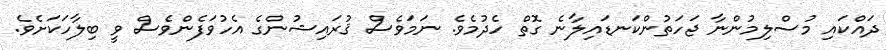
ދައްކައި މުސްލިމުންނާ ޖަހަތުންކަނޑައިލާނެ ގޮތް ހެދުމެވެ. ނަމަވެސް ޤުރައިޝުންގެ އެހުވަފެންވެސް ވީ ބިލާހަކަށެވެ.